NAE_ERA_R-2324_Eesti_Vabariigi_Pohiseaduslik_Assamblee, lk 78
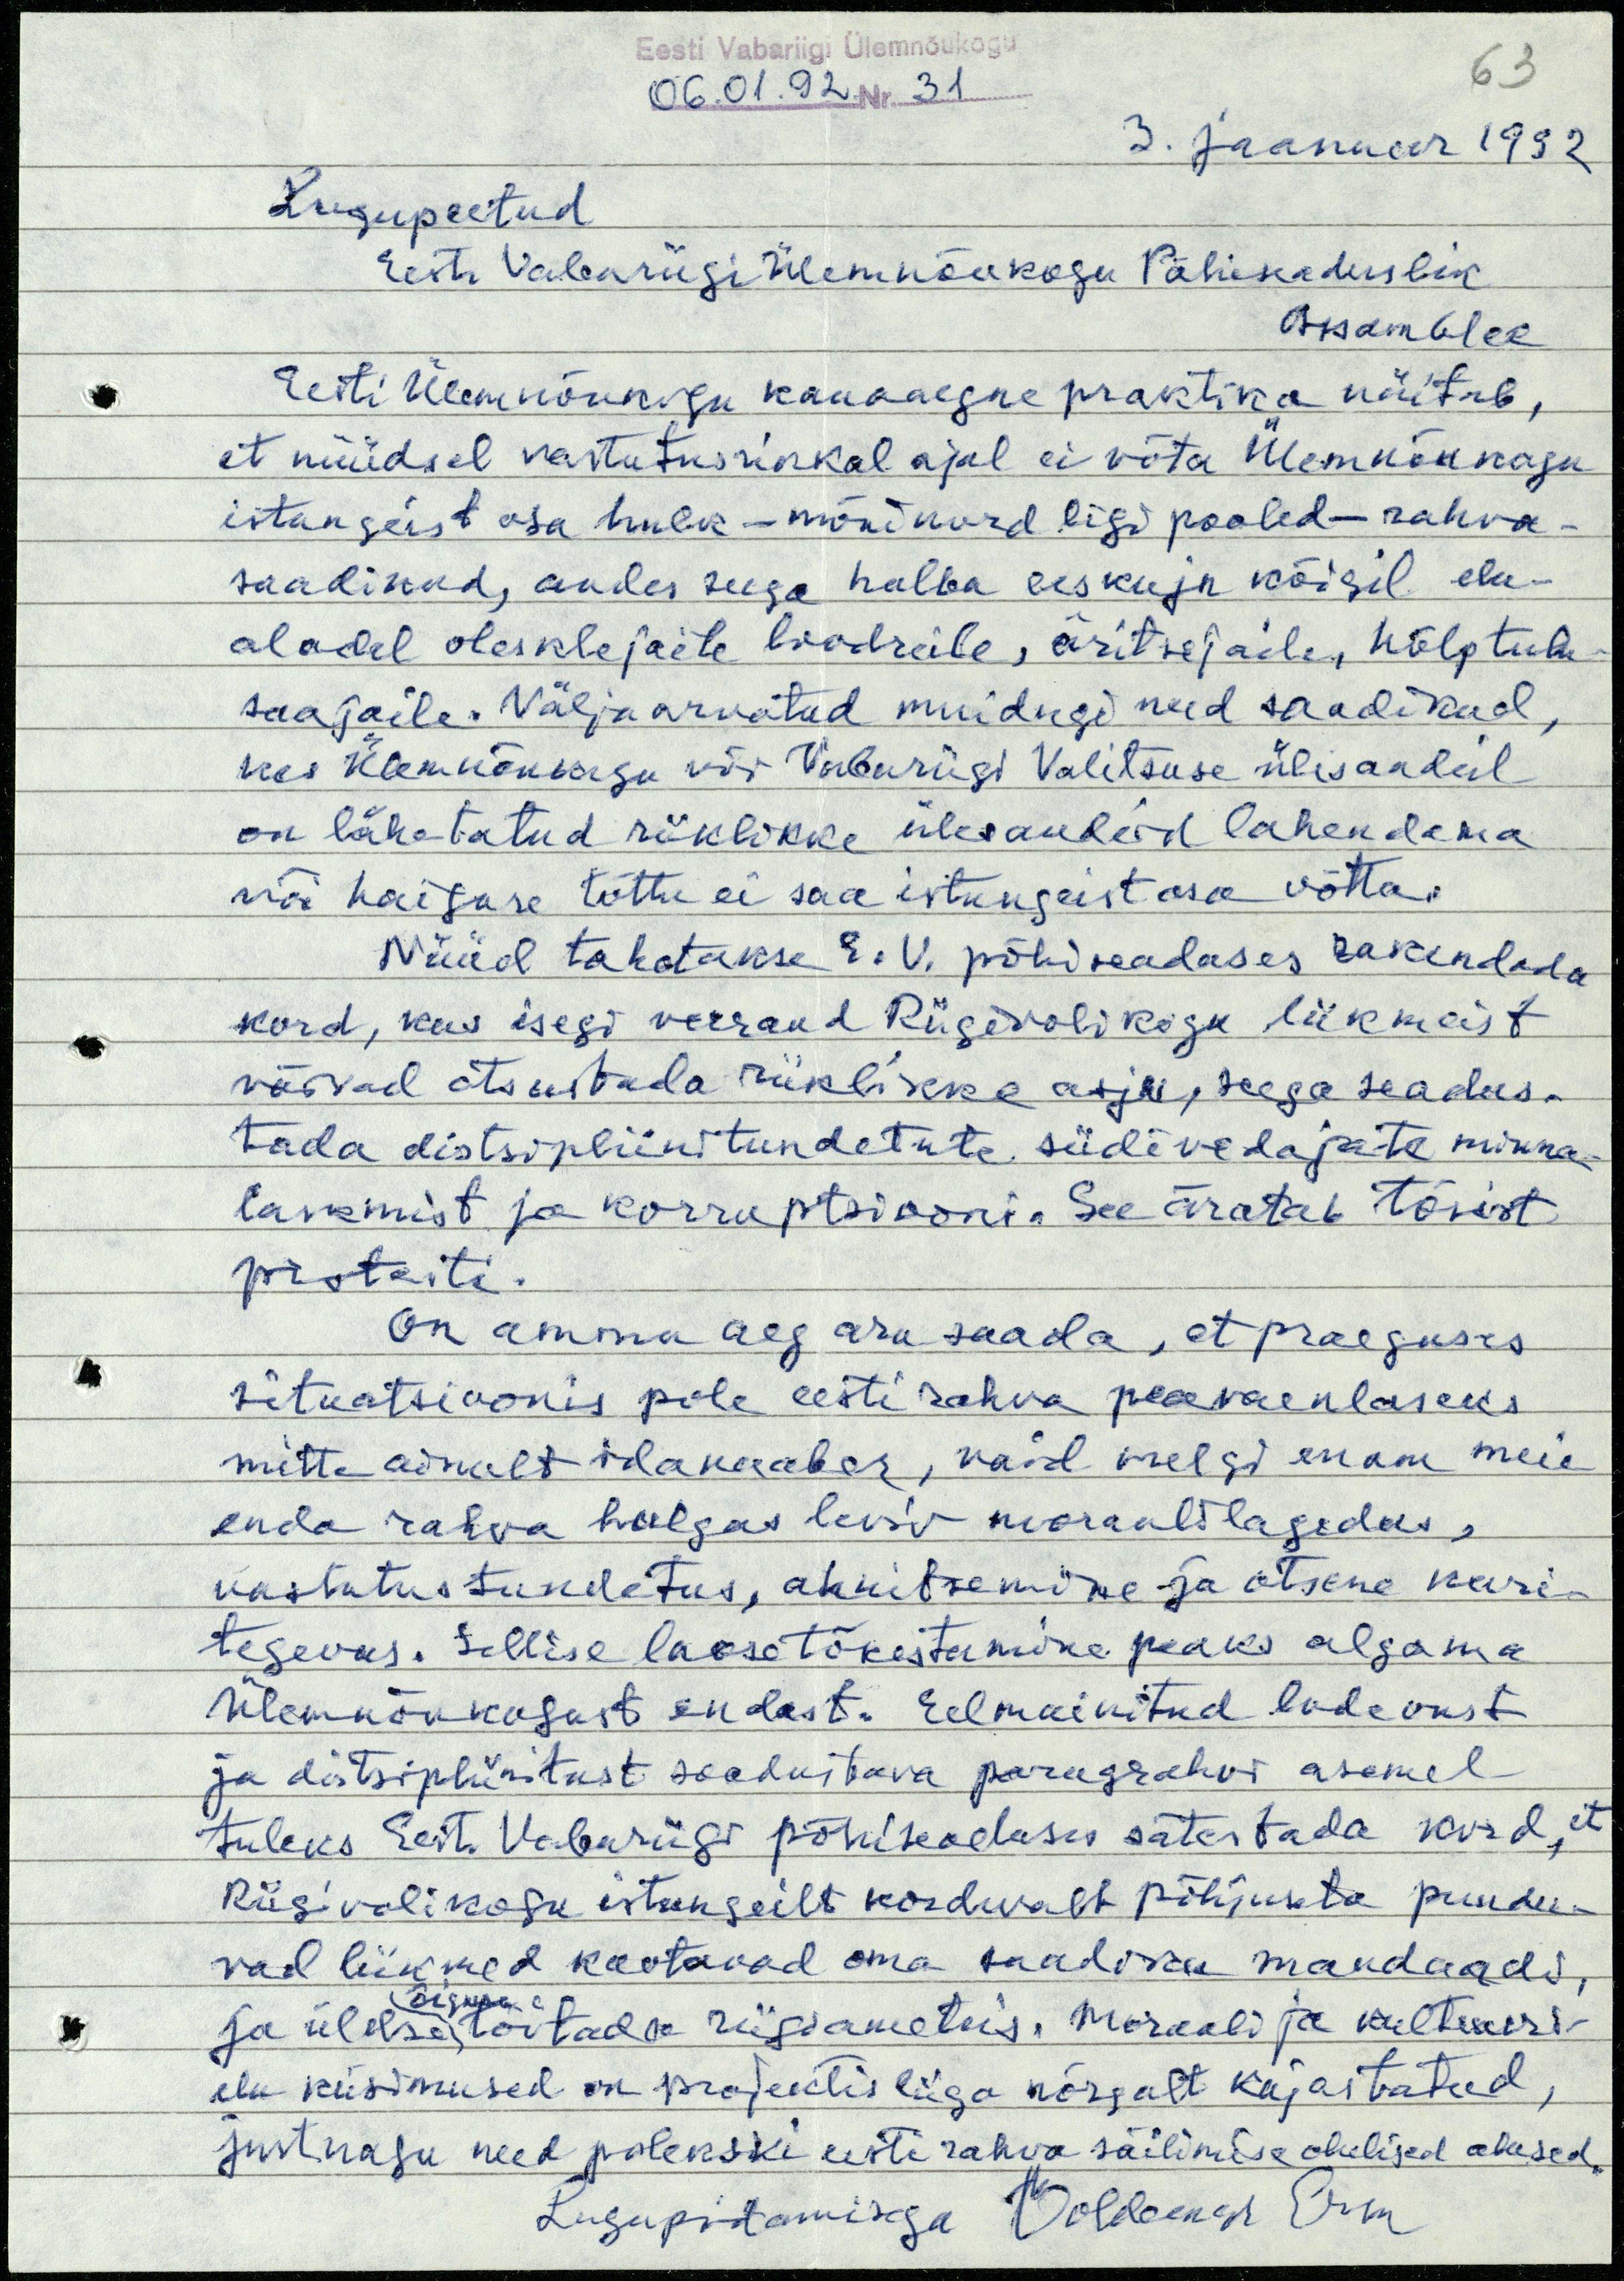
Eesti Vabariigi Ülemnõukogu
06.01.92. Nr. 31
63
3. jaanuar 1992
Lugupeetud
Eesti Vabariigi Ülemnõukogu Põhiseaduslik
Assamblee
Eesti Ülemnõukogu kauaaegne praktika näitab,
et nüüdsel vastutusrikkal ajal ei võta Ülemnõukogu
istungeist osa hulk - mõnikord ligi pooled - rahva-
saadikud, andes seega halba eeskuju kõigil elu-
aladel olesklejaile loodreile, äritsejaile, hõlptulu-
saajaile. Väljaarvatud muidugi need saadikud,
kes Ülemnõukogu või Vabariigi Valitsuse ülesandeil
on lähetatud riiklikke ülesandeid lahendama
või haiguse tõttu ei saa istungeist osa võtta.
Nüüd tahetakse E.V. põhiseaduses rakendada
kord, kus isegi veerand Riigivolikogu liikmeist
võivad otsustada riiklikke asju, seega seadus-
tada distsipliinitundetute siidivedajate minna-
laskmist ja korruptsiooni. See äratab tõsist
protesti.
On ammu aeg aru saada, et praeguses
situatsioonis pole eesti rahva peaevaenlaseks
mitte ainult idanaaber, vaid veelgi enam meie
enda rahva hulgas leviv moraalilagedus,
vastutustundetus, ahnitsemine ja otsene kuri-
tegevas. Sellise laose tõkestamine peaks algama
Ülemnõukogust endast. Eelmainitud lodevust
ja distsipliinitust soodustava paragrahvi asemel
tuleks Eest Vabariigi põhiseaduses sätestada kord, et
Riigivolikogu istungeilt korduvalt põhjuseta puudu-
vad liikmed kaotavad oma saadiku mandaadi,
õiguse
ja üldse töötada riigiameteis. Moraali ja kultuuri-
elu küsimused on projektis liiga nõrgalt kajastatud,
just nagu need polekski eesti rahva säilimise olulised alused.
Lugupidamisega Voldemar Erm